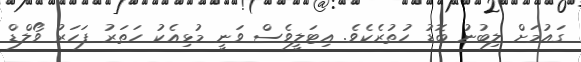
ގައުމަށް ލިބުނު ބޮޑު ހުތުރެކެވެ. އިޓަލީވެސް ވަނީ މުޅިއެކު ހަތަރު ފަހަރު ވޯލްޑް